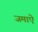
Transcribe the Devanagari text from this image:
जमाऐ